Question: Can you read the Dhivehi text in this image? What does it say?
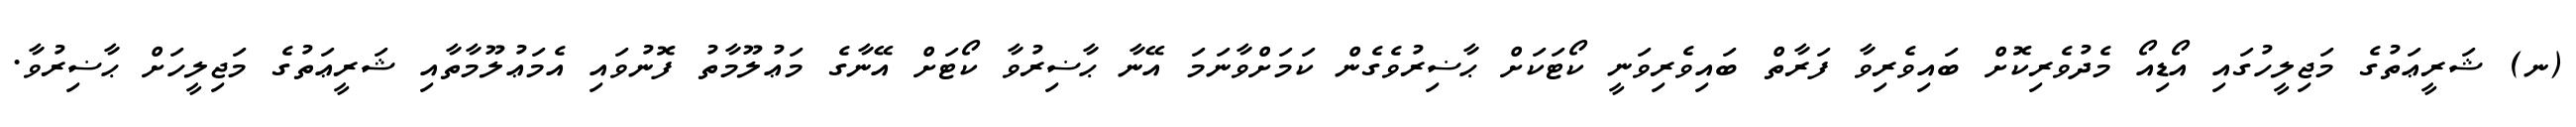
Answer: (ނ) ޝަރީޢަތުގެ މަޖިލީހުގައި އޯޑިއޯ މެދުވެރިކޮށް ބައިވެރިވާ ފަރާތް ބައިވެރިވަނީ ކޯޓަކަށް ޙާޟިރުވެގެން ކަމަށްވާނަމަ އޭނާ ޙާޟިރުވާ ކޯޓަށް އޭނާގެ މަޢުލޫމާތު ފޮނުވައި އެމަޢުލޫމާތާއި ޝަރީޢަތުގެ މަޖިލީހަށް ޙާޟިރުވާ.